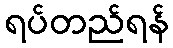
ရပ်တည်ရန်